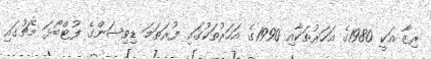
ރިޒާ އަކީ 1980ގެ އަހަރުތަކާއި 1990ގެ އަހަރުތަކުގައި ފުރަތަމަ ޑިވިޝަންގެ ފުޓްބޯޅަ މެޗުގައި